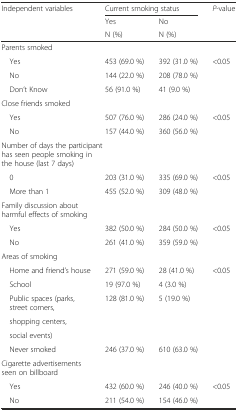
<table><thead><tr><td rowspan="3"><b>Independent variables</b></td><td colspan="2"><b>Current smoking status</b></td><td rowspan="3"><b><i>P</i>-value</b></td></tr><tr><td><b>Yes</b></td><td><b>No</b></td></tr><tr><td><b>N (%)</b></td><td><b>N (%)</b></td></tr></thead><tbody><tr><td>Parents smoked</td><td></td><td></td><td></td></tr><tr><td> Yes</td><td>453 (69.0 %)</td><td>392 (31.0 %)</td><td rowspan="3">&lt;0.05</td></tr><tr><td> No</td><td>144 (22.0 %)</td><td>208 (78.0 %)</td></tr><tr><td> Don’t Know</td><td>56 (91.0 %)</td><td>41 (9.0 %)</td></tr><tr><td colspan="4">Close friends smoked</td></tr><tr><td> Yes</td><td>507 (76.0 %)</td><td>286 (24.0 %)</td><td rowspan="2">&lt;0.05</td></tr><tr><td> No</td><td>157 (44.0 %)</td><td>360 (56.0 %)</td></tr><tr><td colspan="4">Number of days the participant has seen people smoking in the house (last 7 days)</td></tr><tr><td> 0</td><td>203 (31.0 %)</td><td>335 (69.0 %)</td><td rowspan="2">&lt;0.05</td></tr><tr><td> More than 1</td><td>455 (52.0 %)</td><td>309 (48.0 %)</td></tr><tr><td colspan="4">Family discussion about harmful effects of smoking</td></tr><tr><td> Yes</td><td>382 (50.0 %)</td><td>284 (50.0 %)</td><td rowspan="2">&lt;0.05</td></tr><tr><td> No</td><td>261 (41.0 %)</td><td>359 (59.0 %)</td></tr><tr><td colspan="4">Areas of smoking</td></tr><tr><td> Home and friend’s house</td><td>271 (59.0 %)</td><td>28 (41.0 %)</td><td rowspan="6">&lt;0.05</td></tr><tr><td> School</td><td>19 (97.0 %)</td><td>4 (3.0 %)</td></tr><tr><td> Public spaces (parks, street corners,</td><td rowspan="3">128 (81.0 %)</td><td rowspan="3">5 (19.0 %)</td></tr><tr><td> shopping centers,</td></tr><tr><td> social events)</td></tr><tr><td> Never smoked</td><td>246 (37.0 %)</td><td>610 (63.0 %)</td></tr><tr><td colspan="4">Cigarette advertisements seen on billboard</td></tr><tr><td> Yes</td><td>432 (60.0 %)</td><td>246 (40.0 %)</td><td>&lt;0.05</td></tr><tr><td> No</td><td>211 (54.0 %)</td><td>154 (46.0 %)</td><td></td></tr></tbody></table>